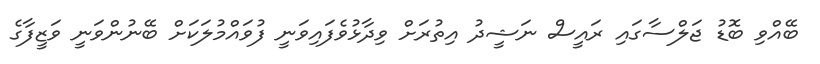
ބޭއްވި ބޮޑު ޖަލްސާގައި ރައީސް ނަޝީދު އިތުރަށް ވިދާޅުވެފައިވަނީ ފުވައްމުލަކަށް ބޭނުންވަނީ ވަޒީފާގެ